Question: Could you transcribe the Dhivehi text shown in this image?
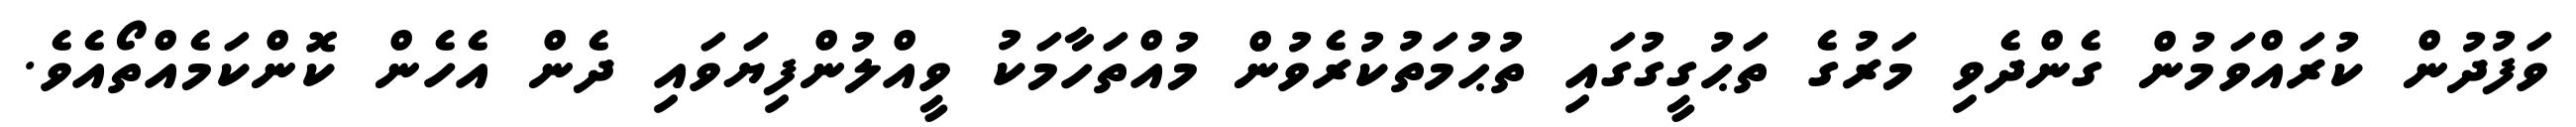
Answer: ވަފުދުން ކުރައްވަމުން ގެންދެވި މަރުގެ ތަޙުގީގުގައި ތުޙުމަތުކުރެވުން މުއްތަހާމަކު ވީއްލުންފިޔަވައި ދެން އެހެން ކޮންކަމެއްތޯއެވެ.